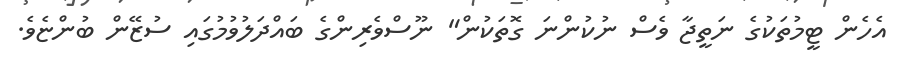
އެހެން ޓީމުތަކުގެ ނަތީޖާ ވެސް ނުކުންނަ ގޮތަކުން" ނޫސްވެރިންގެ ބައްދަލުވުމުގައި ސުޒޭން ބުންޏެވެ.